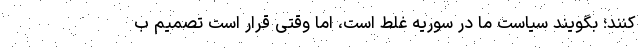
کنند؛ بگویند سیاست ما در سوریه غلط است، اما وقتی قرار است تصمیم ب